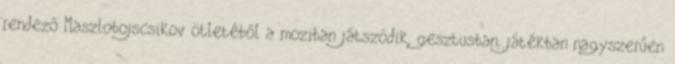
rendező Maszlobojscsikov ötletéből a moziban játszódik, gesztusban, játékban nagyszerűen